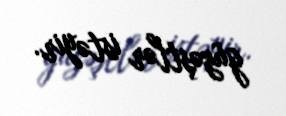
güzəştlər istəyir.